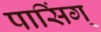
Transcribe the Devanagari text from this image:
पासिंग्